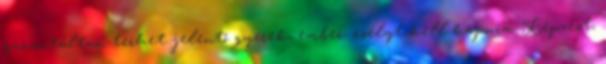
garantáltan terhet jelentő gyerek, ember: esélyt kell kapnia. Képzést,